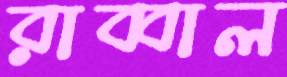
রাব্বাল